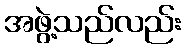
အဖွဲ့သည်လည်း